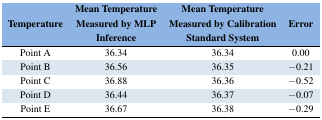
<table><thead><tr><td><b>Temperature</b></td><td><b>Mean Temperature Measured by MLP Inference</b></td><td><b>Mean Temperature Measured by Calibration Standard System</b></td><td><b>Error</b></td></tr></thead><tbody><tr><td>Point A</td><td>36.34</td><td>36.34</td><td>0.00</td></tr><tr><td>Point B</td><td>36.56</td><td>36.35</td><td>−0.21</td></tr><tr><td>Point C</td><td>36.88</td><td>36.36</td><td>−0.52</td></tr><tr><td>Point D</td><td>36.44</td><td>36.37</td><td>−0.07</td></tr><tr><td>Point E</td><td>36.67</td><td>36.38</td><td>−0.29</td></tr></tbody></table>